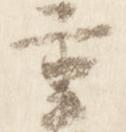
重